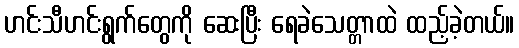
ဟင်းသီဟင်းရွက်တွေကို ဆေးပြီး ရေခဲသေတ္တာထဲ ထည့်ခဲ့တယ်။